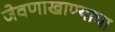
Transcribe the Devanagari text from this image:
जेवणाखाण्याचा